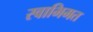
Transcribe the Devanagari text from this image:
स्वाभिमत